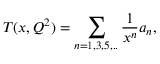
T ( x , Q ^ { 2 } ) = \sum _ { n = 1 , 3 , 5 , . . } \frac { 1 } { x ^ { n } } a _ { n } ,